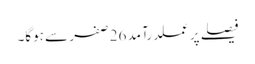
فیصلے پر عملدرآمد 26 صفر سے ہوگا۔